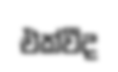
එක්වීද